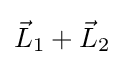
{\vec {L}}_{1}+{\vec {L}}_{2}